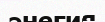
энегия